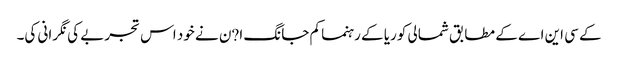
کے سی این اے کے مطابق شمالی کوریا کے رہنما کم جانگ ا?ن نے خود اس تجربے کی نگرانی کی۔